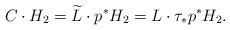
LaTeX: \begin{align*}C\cdot H_2= \widetilde{L}\cdot p^*H_2=L\cdot \tau_*p^*H_2.\end{align*}